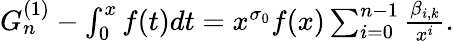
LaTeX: \begin{array}{r}{G_{n}^{(1)}-\int_{0}^{x}f(t)dt=x^{\sigma_{0}}f(x)\sum_{i=0}^{n-1}\frac{\beta_{i,k}}{x^{i}}.}\end{array}